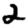
Digit: 2